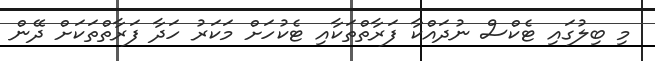
މި ބިލުގައި ޓެކްސް ނުދައްކާ ފަރާތްތަކާއި ޓެކުހަށް މަކަރު ހަދާ ފަރާތްތަކަށް ދޭން